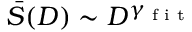
\bar { S } ( D ) \sim D ^ { \gamma _ { \textrm { f i t } } }